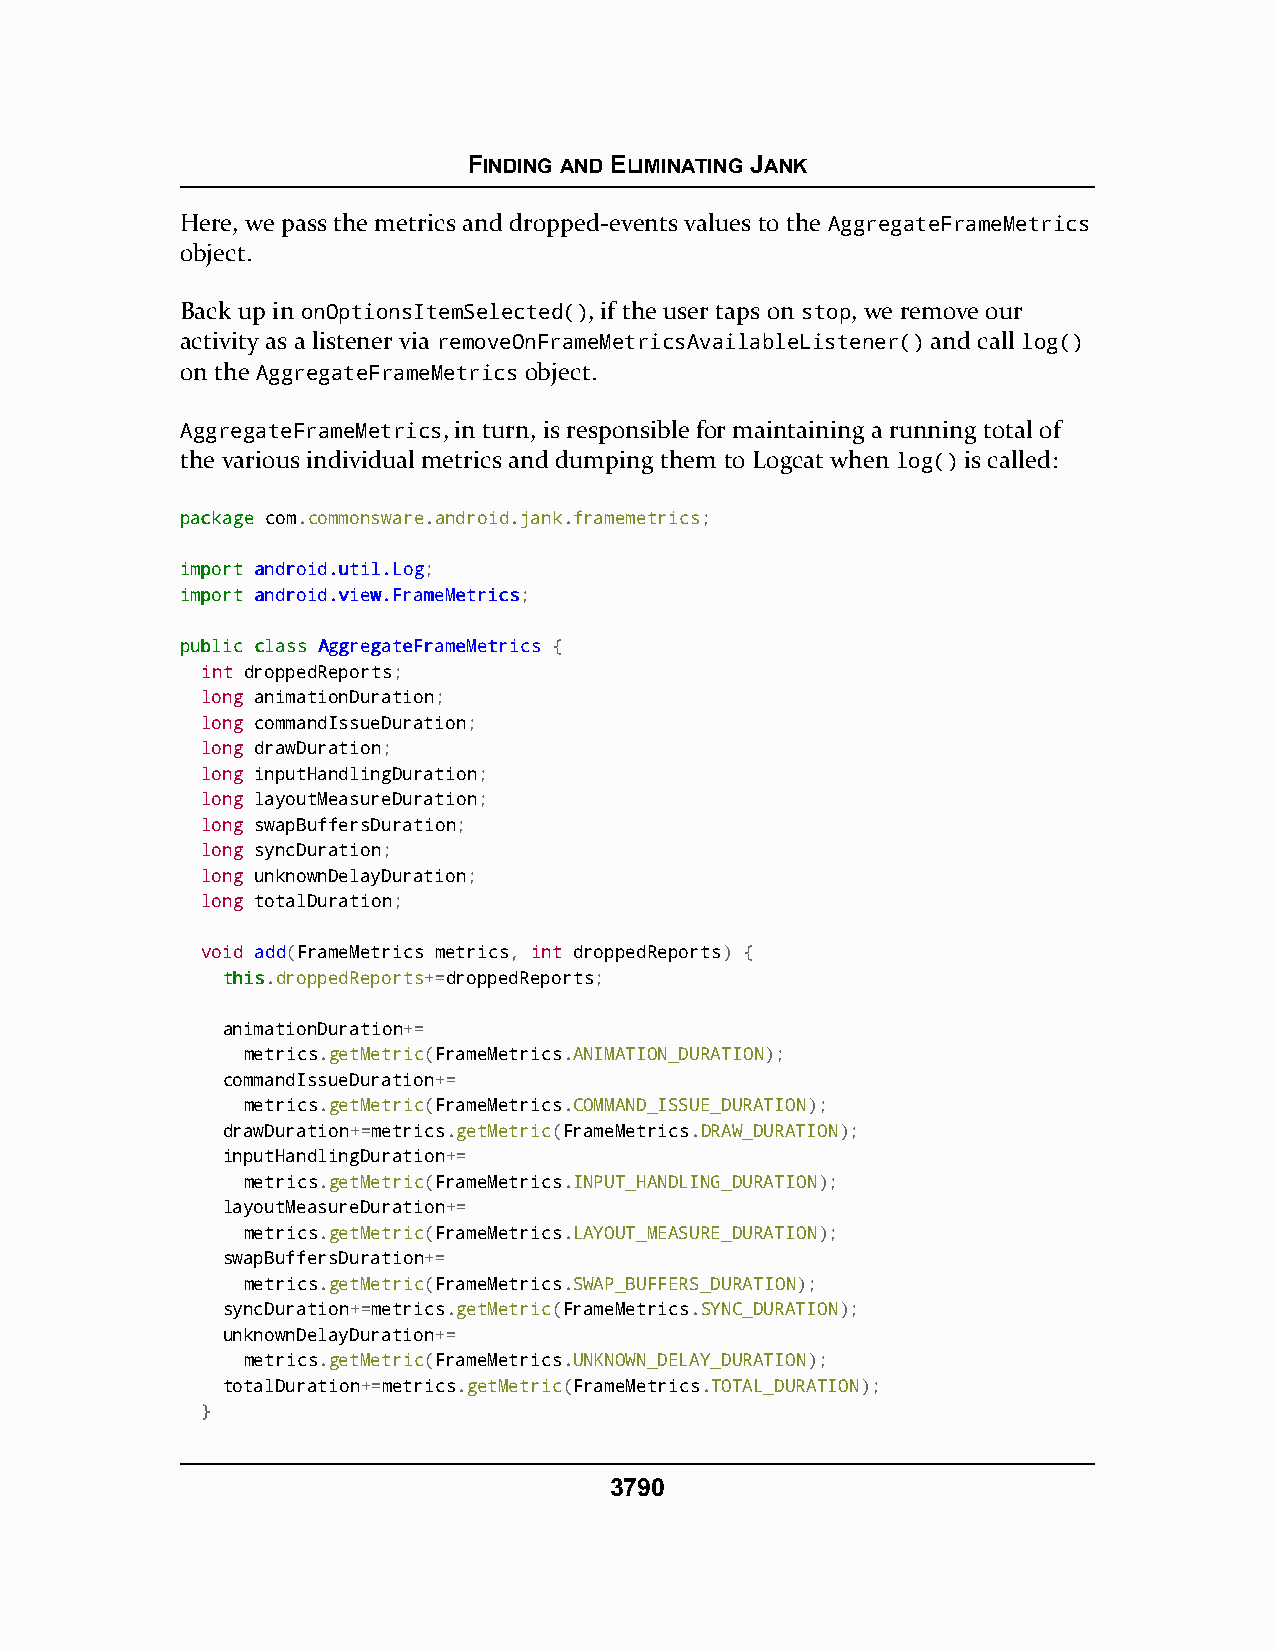
FINDING AND ELIMINATING JANK
 Here, we pass the metrics and dropped-events values to the AggregateFrameMetrics
 object.
 Back up in onOptionsItemSelected(), if the user taps on stop, we remove our
 activity as a listener via removeOnFrameMetricsAvailableListener() and call log()
 on the AggregateFrameMetrics object.
 AggregateFrameMetrics, in turn, is responsible for maintaining a running total of
 the various individual metrics and dumping them to Logcat when log() is called:
 ppaacckkaaggee com.commonsware.android.jank.framemetrics;
 iimmppoorrtt aannddrrooiidd..uuttiill..LLoogg;
 iimmppoorrtt aannddrrooiidd..vviieeww..FFrraammeeMMeettrriiccss;
 ppuubblliicc ccllaassss AAggggrreeggaatteeFFrraammeeMMeettrriiccss {
 int droppedReports;
 long animationDuration;
 long commandIssueDuration;
 long drawDuration;
 long inputHandlingDuration;
 long layoutMeasureDuration;
 long swapBuffersDuration;
 long syncDuration;
 long unknownDelayDuration;
 long totalDuration;
 void add(FrameMetrics metrics, int droppedReports) {
 tthhiiss.droppedReports+=droppedReports;
 animationDuration+=
 metrics.getMetric(FrameMetrics.ANIMATION_DURATION);
 commandIssueDuration+=
 metrics.getMetric(FrameMetrics.COMMAND_ISSUE_DURATION);
 drawDuration+=metrics.getMetric(FrameMetrics.DRAW_DURATION);
 inputHandlingDuration+=
 metrics.getMetric(FrameMetrics.INPUT_HANDLING_DURATION);
 layoutMeasureDuration+=
 metrics.getMetric(FrameMetrics.LAYOUT_MEASURE_DURATION);
 swapBuffersDuration+=
 metrics.getMetric(FrameMetrics.SWAP_BUFFERS_DURATION);
 syncDuration+=metrics.getMetric(FrameMetrics.SYNC_DURATION);
 unknownDelayDuration+=
 metrics.getMetric(FrameMetrics.UNKNOWN_DELAY_DURATION);
 totalDuration+=metrics.getMetric(FrameMetrics.TOTAL_DURATION);
 }
 3790